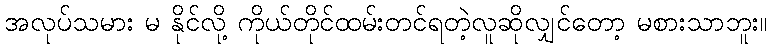
အလုပ်သမား မ နိုင်လို့ ကိုယ်တိုင်ထမ်းတင်ရတဲ့လူဆိုလျှင်တော့ မစားသာဘူး။